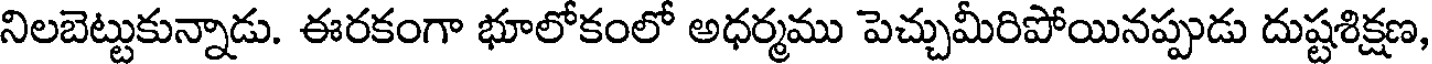
నిలబెట్టుకున్నాడు. ఈరకంగా భూలోకంలో అధర్మము పెచ్చుమీరిపోయినప్పుడు దుష్టశిక్షణ,